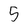
Character: 5